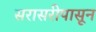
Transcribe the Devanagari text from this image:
सरासरीपासून